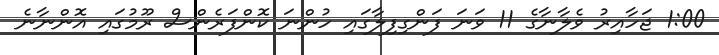
1:00 ޖަހާއިރު ވެލާނާގެ 11 ވަނަ ފަންގިފިލާގައި ހުންނަ ކޮންފަރެންސް ރޫމުގައި އޮންނާނެ